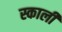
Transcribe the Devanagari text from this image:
स्काली